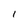
Character: l